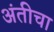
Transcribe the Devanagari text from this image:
अंतीचा